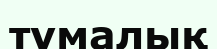
тумалық